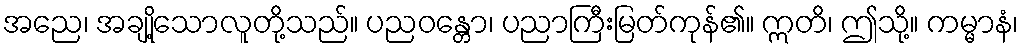
အညေ၊ အချို့သောလူတို့သည်။ ပညဝန္တော၊ ပညာကြီးမြတ်ကုန်၏။ ဣတိ၊ ဤသို့။ ကမ္မာနံ၊